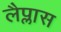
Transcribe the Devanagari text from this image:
लैप्लास